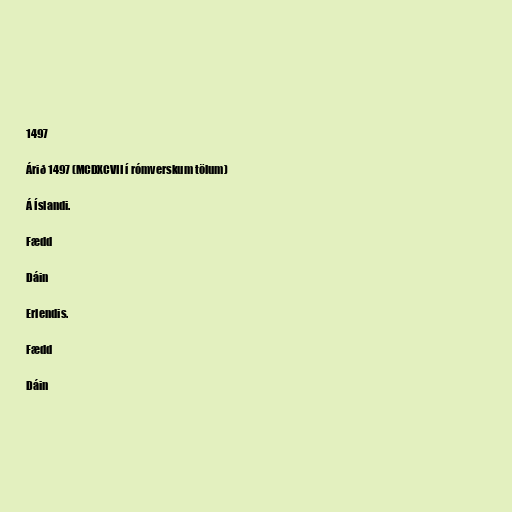
1497

Árið 1497 (MCDXCVII í rómverskum tölum)

Á Íslandi.

Fædd

Dáin

Erlendis.

Fædd

Dáin